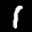
Label: 1